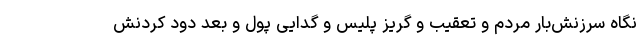
نگاه سرزنش‌بار مردم و تعقیب و گریز پلیس و گدایی پول و بعد دود کردنش